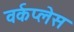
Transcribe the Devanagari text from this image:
वर्कप्लेस